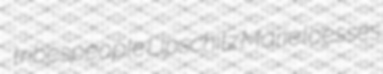
tribespeople Lipschitz Marie loesses